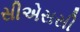
સીએસસી